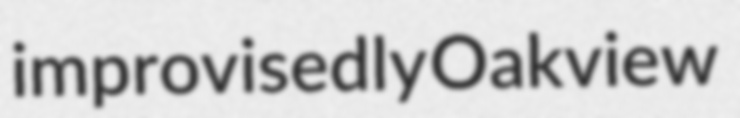
improvisedly Oakview